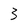
Character: 3